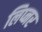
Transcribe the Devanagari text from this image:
लिप्नर